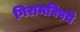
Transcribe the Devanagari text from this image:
गिरामविषये